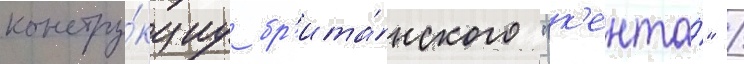
констру́кциу бр'ита́нского "к'ента́" /